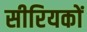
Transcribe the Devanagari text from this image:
सीरियकों